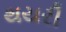
થયરી